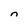
Character: n